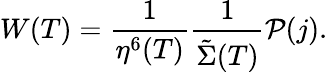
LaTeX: W(T)=\frac{1}{\eta^{6}(T)}\frac{1}{{\tilde{\Sigma}}(T)}{\cal P}(j).